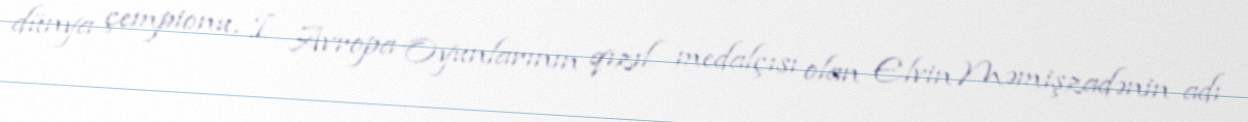
dünya çempionu, I Avropa Oyunlarının qızıl medalçısı olan Elvin Məmişzadənin adı